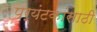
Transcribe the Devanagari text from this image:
पर्यंटकांसाठी